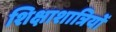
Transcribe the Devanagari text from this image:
शिक्षाशात्रियों